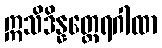
ဣသိဒိန္နတ္ထေရဂါထာ